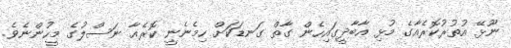
ނޫޅޭ އުތުރުކޮރެއާގެ މުޅި އާބާދީގައިހެން ގާތް ގަނޑަކަށް ހިމެނެނީ ކޮރެއާ ނަސްލުގެ މީހުންނެވެ.